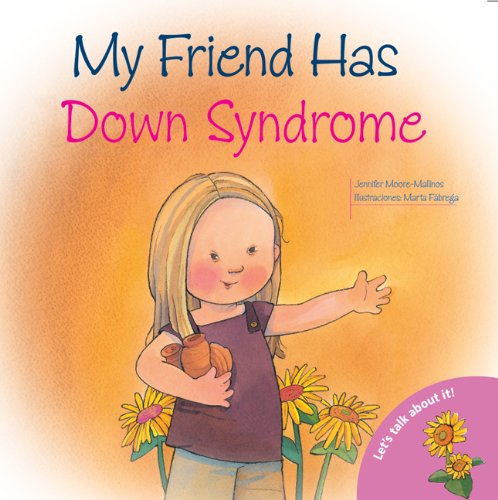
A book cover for My Friend Has Down Syndrome (Let's Talk About It Series); Jennifer Moore-Mallinos; Children's Books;